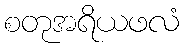
စတုအရိယဖလံ